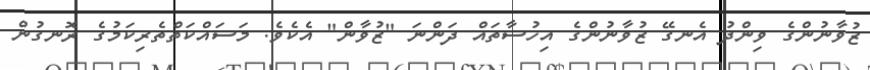
ޒުވާނުންގެ ވިންދު އެނގޭ ޒުވާނުންގެ އިހުސާތައް ދަންނަ "ޒުވާން" އެކެވެ. މަސައްކަތްތެރިކަމުގެ ރޮނގުން